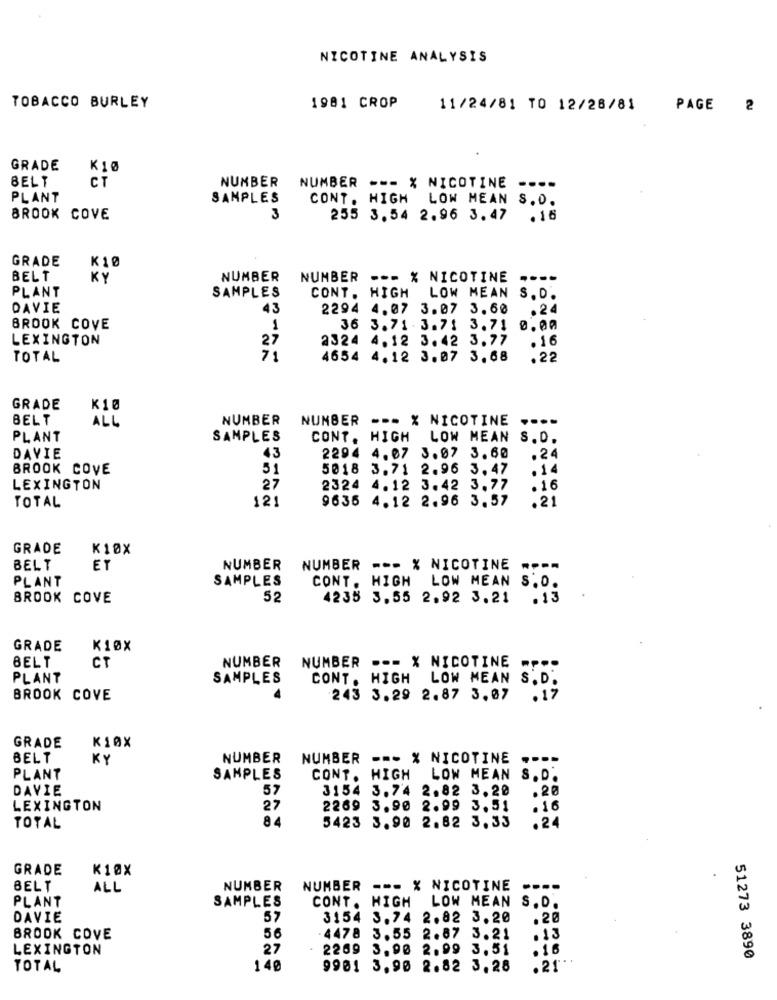
NICOTINE ANALYSIS
TOBACCO BURLEY
1981 CROP
11/24/81 TO 12/28/81
PAGE 2
GRADE
KJØ
BELT
NUMBER
CT
NUMBER --- X NICOTINE ....
PLANT
SAMPLES
CONT. HIGH LOW MEAN S.O.
BROOK COVE
3
255 3.54 2.96 3.47
.16
GRADE
K10
BELT
KY
NUMBER
NUMBER --- X NICOTINE
----
PLANT
SAMPLES
CONT. HIGH LOW MEAN
S. D.
DAVIE
43
2294 4.07 3.07 3.60
.24
BROOK COVE
1
36 3.71 .3.71 3.71
0.00
LEXINGTON
27
2324 4.12 3.42 3.77
. 16
TOTAL
71
4654 4.12 3.07 3.68
.22
GRADE
K10
BELT
ALL
NUMBER
NUMBER --- X NICOTINE
PLANT
SAMPLES
CONT. HIGH LOW MEAN S.D.
43
DAVIE
2294 4.07 3.07 3.60
.24
BROOK COVE
51
5018
3.71 2.96 3. 47
.14
LEXINGTON
27
2324
4.12 3.42 3.77
.16
9635 4.12 2.96 3.57
.21
TOTAL
121
GRADE
K10X
BELT
ET
NUMBER
NUMBER --- % NICOTINE ----
PLANT
SAMPLES
CONT. HIGH LOW MEAN S.D.
BROOK COVE
52
4235 3.55 2.92 3.21
.13
GRADE
K10X
BELT
CT
NUMBER
NUMBER --- X NICOTINE
PLANT
SAMPLES
CONT. HIGH LOW MEAN
S.D.
BROOK COVE
243 3.29 2.87 3.07
GRADE
K10X
BELT
KY
NUMBER
NUMBER --- % NICOTINE ----
PLANT
SAMPLES
CONT. HIGH LOW MEAN S. D.
DAVIE
57
3154 3.74 2.82 3.20
.20
LEXINGTON
27
2269 3.90 2.99 3.51
.16
84
5423 3.90 2.82 3.33
.24
TOTAL
GRADE
K10X
BELT
ALL
NUMBER
NUMBER --- X NICOTINE ----
PLANT
SAMPLES
CONT. HIGH LOW MEAN S.D.
DAVIE
57
3154 3.74 2.82 3.20
.20
BROOK COVE
56
-4478 3.55 2.87 3.21
.13
LEXINGTON
27
2269 3.90 2.99 3.51
.16
51273 3890
TOTAL
140
9901 3.90 2.82 3.28